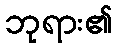
ဘုရား၏